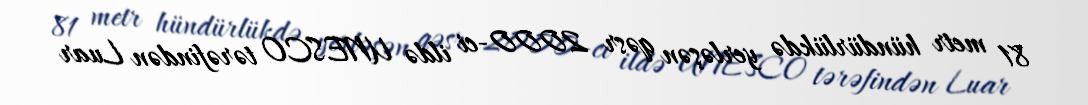
81 metr hündürlükdə yerləşən qəsr 2000-ci ildə UNESCO tərəfindən Luar